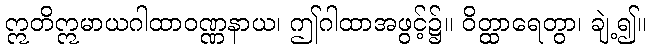
ဣတိဣမာယဂါထာဝဏ္ဏနာယ၊ ဤဂါထာအဖွင့်၌။ ဝိတ္ထာရေတွာ၊ ချဲ့၍။